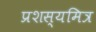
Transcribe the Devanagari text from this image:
प्रशस्यमित्र